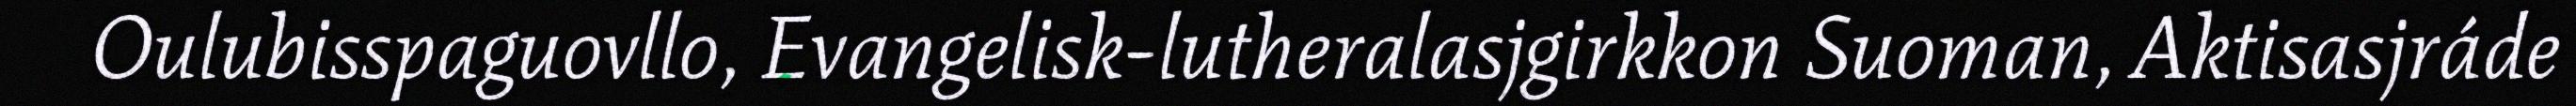
Oulubisspaguovllo, Evangelisk-lutheralasjgirkkon Suoman, Aktisasjráde